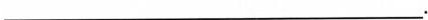
___.